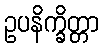
ဥပနိက္ခိတ္တာ